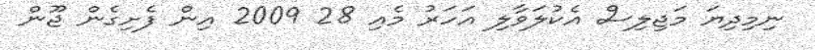
ނިމިދިޔަ މަޖިލިސް އެކުލަވާލި އަހަރު މެއި 28 2009 އިން ފެށިގެން ޖޫން